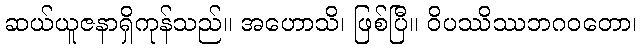
ဆယ်ယူဇနာရှိကုန်သည်။ အဟောသိ၊ ဖြစ်ပြီ။ ဝိပဿိဿဘဂဝတော၊